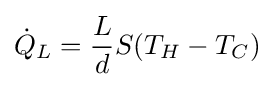
{\dot {Q}}_{L}={\frac {L}{d}}S(T_{H}-T_{C})